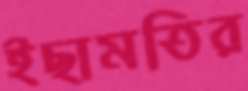
ইছামতির